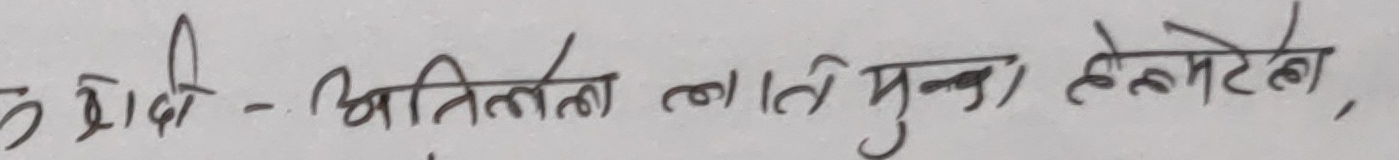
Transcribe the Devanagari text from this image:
५ श्रेणी - अतिरिक्त लाने मुता हेन्टेल,